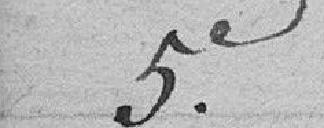
5e